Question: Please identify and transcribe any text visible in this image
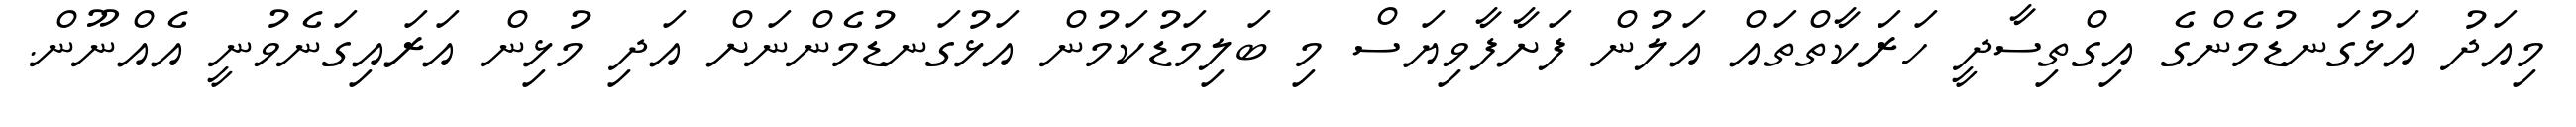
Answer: މިއަދު އަޅުގަނޑުމެންގެ އިގްތިސާދީ ހަރަކާތްތައް އަލުން ފަށާފާވިޔަސް މި ބަލިމަޑުކަމުން އަޅުގަނޑުމެންނަށް އަދި މުޅިން އަރައިގަނެވުނީ އެއްނޫން.